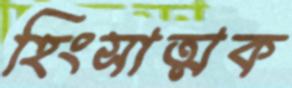
হিংসাত্মক